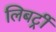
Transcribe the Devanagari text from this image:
लिबर्ट्री